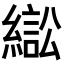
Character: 𦄸